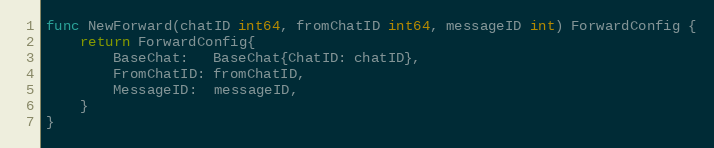
Language: Go
func NewForward(chatID int64, fromChatID int64, messageID int) ForwardConfig {
	return ForwardConfig{
		BaseChat:   BaseChat{ChatID: chatID},
		FromChatID: fromChatID,
		MessageID:  messageID,
	}
}